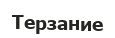
Терзание